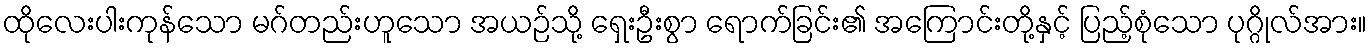
ထိုလေးပါးကုန်သော မဂ်တည်းဟူသော အယဉ်သို့ ရှေးဦးစွာ ရောက်ခြင်း၏ အကြောင်းတို့နှင့် ပြည့်စုံသော ပုဂ္ဂိုလ်အား။